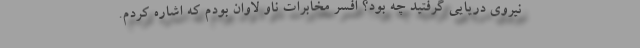
نیروی دریایی گرفتید چه بود؟ افسر مخابرات ناو لاوان بودم که اشاره کردم.